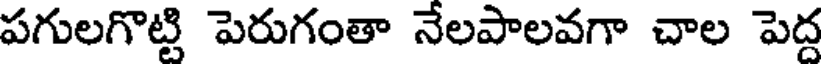
పగులగొట్టి పెరుగంతా నేలపాలవగా చాల పెద్ద